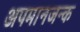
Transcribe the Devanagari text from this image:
अपमानजन्क